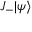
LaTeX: J _ { - } | \psi \rangle